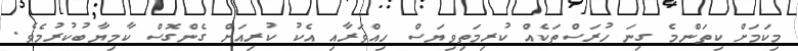
މިކަމަށް ކިތަންމެ ގިނަ ހުރަސްތަކެއް ކުރިމަތިވިޔަސް ހިއްވަރާއި އެކު ކުރިއަށް ގެންގޮސް ކާމިޔާބުކުރުމެވެ.